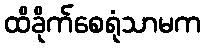
ထိခိုက်စေရုံသာမက